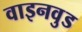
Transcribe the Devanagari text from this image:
वाइनवुड